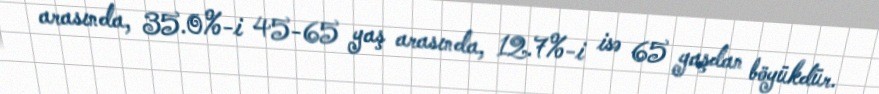
arasında, 35.0%-i 45-65 yaş arasında, 12.7%-i isə 65 yaşdan böyükdür.